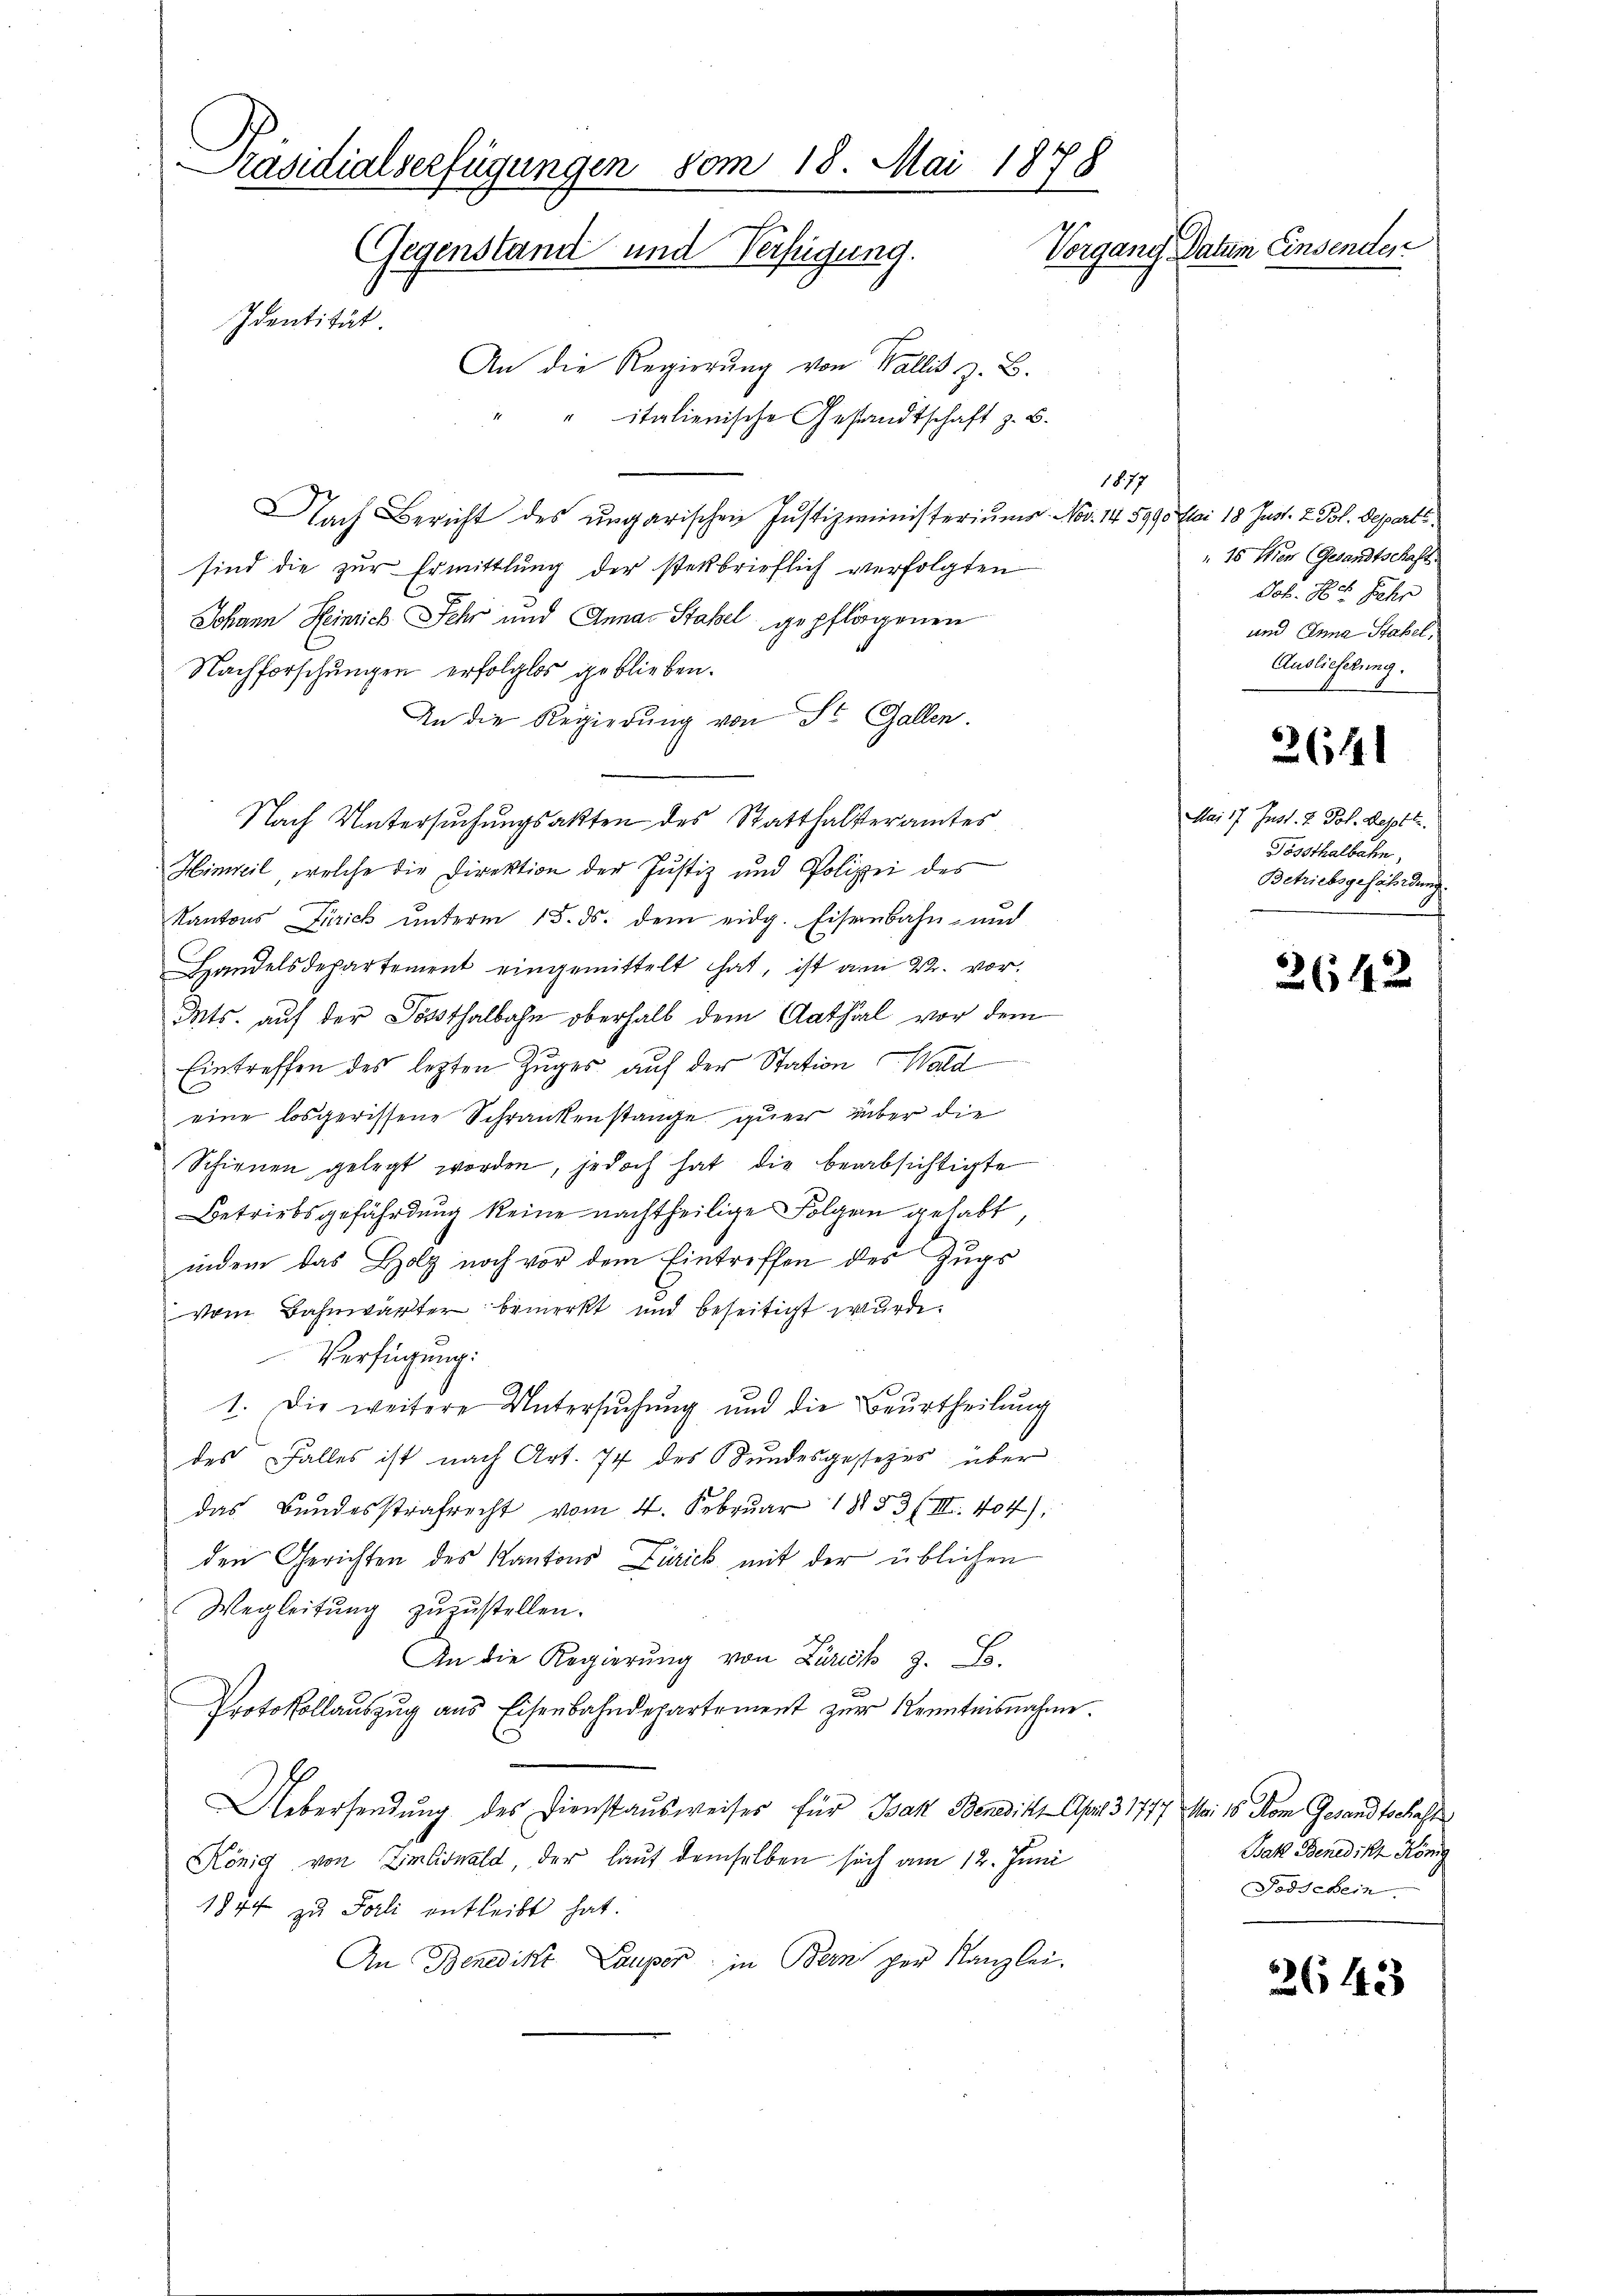
Präsidialverfügungen vom 18. Mai 1878
Vorgang Datum Einsender
Gegenstand und Verfügung.
Identität.
An die Regierung von Wallis z. B.

italienische Gesandtschaft z. B.
1877
Nach Bericht des ungarischen Justizministeriums. Nov. 145990
sind die zur Ermittlung der stekbrieflich verfolgten
Johann Heinrich sehr und Annas Stahel gepflogenen
Nachforschungen erfolglos geblieben.
An die Regierŭng von St. Gallen.
Nach Untersuchungsakten des Statthalteramtes
Hinweil, welche die Direktion der Justiz und Polizei des
Kantons Zürich ŭnterm 15. ds. dem eidg. Eisenbahn- und
Handelsdepartement eingemittelt hat, ist am 22. vor.
Mts. auf der Sonsthalbahn oberhalb dem Aathial vor dem
Eintreffen des lezten Zuges auf der Station Wald
.
eine losgerissene Schrankenstange quer über die
Schienen gelegt werden, jedoch hat die beabsichtigte
Betriebsgefährdung keine nachtheilige Folgen gehabt,
indem das Holz noch vor dem Eintreffen der Zugs
vom Bahnwärter bemerkt und beseitigt wurde.
Verfügung:
1. Die weitere Untersŭchŭng und die Beurtheilŭng
des Falles ist nach Art. 74 des Bundesgestezes über
das Bundesstrafrecht vom 4. Februar 1853 (III. 404),
den Gerichten des Kantons Zürich mit der üblichen
Wegleitung zuzustellen.
An die Regierŭng von Zürich z. B.
Protokollauszug aus Eisenbahndepartement zur Kenntnisnahme.
s
Uebersendung des Dienstausweises für Bak Benedikt Apr 3 1777 Mai 18. Non Gesandtschaft
König von Zimliswald, der lauf demselben sich am 12. Juni
1844 zu Jali entleibt hat.
An Benedikt Lauper in Bern per Kanzlei.

Mai 18 Just. 2 Pol. Depart.
" 15 Eier (Gesandtschaft.
Joh. Hch. Sehr
und Anna Stahel,
Auslieferung.

26441

Mai 17. Just. 2. Joh. Sept.
Fössthalbahn,
Betriebsgefährdung.

2642

Bak Benedikt König
Todschein.

3643